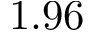
1 . 9 6